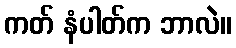
ကတ် နံပါတ်က ဘာလဲ။